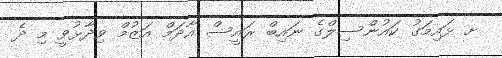
ށ ޅައިމަގު ކައުންސިލްގެ ނައިބް ރައީސް އާދަމް އަޒުމް ވިދާޅުވީ މި ދެ